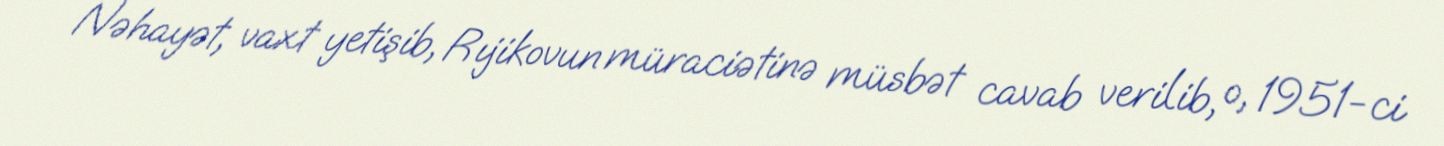
Nəhayət, vaxt yetişib, Rıjikovun müraciətinə müsbət cavab verilib, o, 1951-ci